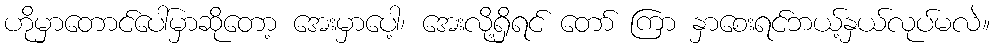
ဟိုမှာတောင်ပေါ်မှာဆိုတော့ အေးမှာပေါ့၊ အေးလို့ရှိရင် တော် ကြာ နှာစေးရင်ဘယ့်နှယ်လုပ်မလဲ။